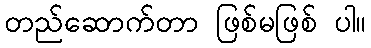
တည်ဆောက်တာ ဖြစ်မဖြစ် ပါ။